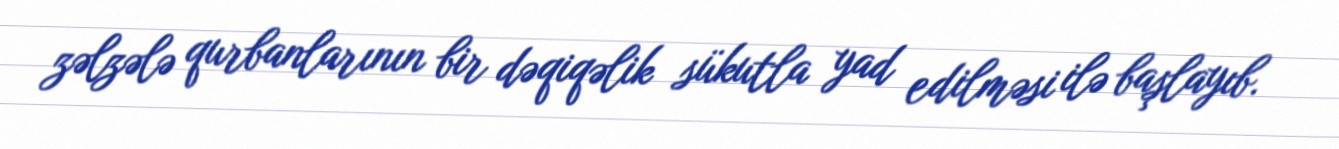
zəlzələ qurbanlarının bir dəqiqəlik sükutla yad edilməsi ilə başlayıb.